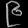
Digit: ၉